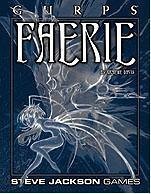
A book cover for GURPS Faerie; Graeme Davis; Science Fiction & Fantasy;